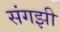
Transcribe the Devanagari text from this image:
संगझी